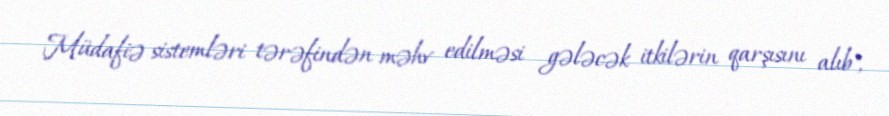
Müdafiə sistemləri tərəfindən məhv edilməsi gələcək itkilərin qarşısını alıb",